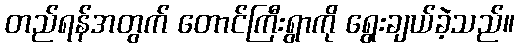
တည်ရန်အတွက် တောင်ကြီးရွာကို ရွေးချယ်ခဲ့သည်။